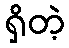
ရှိတဲ့